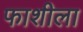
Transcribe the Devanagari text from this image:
फाशीला